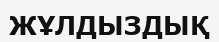
ЖҰЛДЫЗДЫҚ